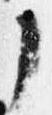
了